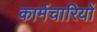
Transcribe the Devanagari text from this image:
कार्मचारियों